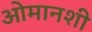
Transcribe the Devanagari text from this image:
ओमानशी